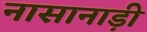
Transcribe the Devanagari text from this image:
नासानाड़ी